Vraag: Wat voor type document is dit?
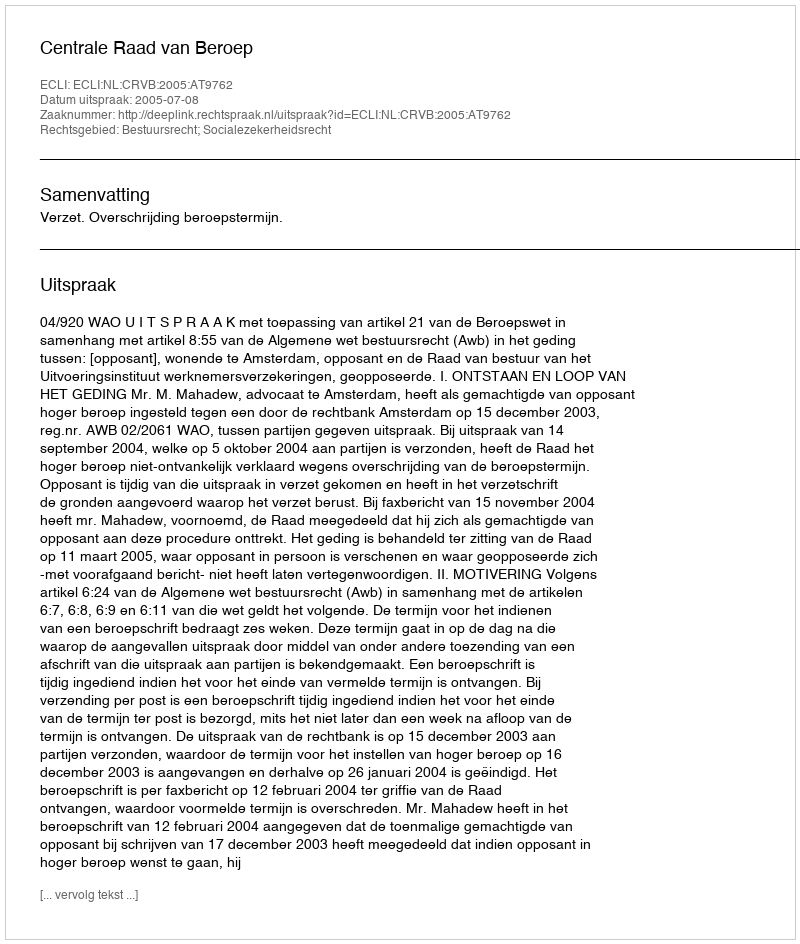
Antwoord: Uitspraak